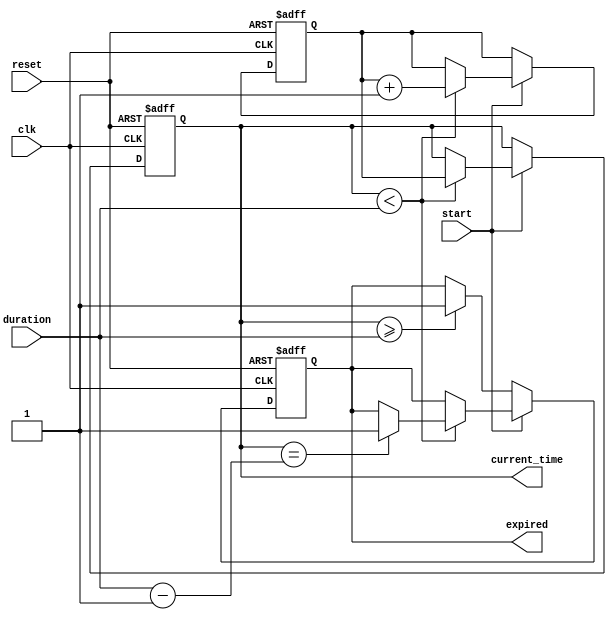
module TimerEventControl (
    input wire clk,               // Clock signal
    input wire start,             // Start signal
    input wire reset,             // Reset signal
    input wire [31:0] duration,   // Time duration in clock cycles
    output reg expired,           // Timer expired signal
    output reg [31:0] current_time // Current time value
);

    // Internal state
    reg [31:0] count; // Counter for the timer

    // Initialization
    initial begin
        current_time = 0;
        expired = 0;
        count = 0;
    end

    // Timer operation
    always @(posedge clk or posedge reset) begin
        if (reset) begin
            // Reset the timer
            current_time <= 0;
            expired <= 0;
            count <= 0;
        end else if (start) begin
            // Start the timer
            if (current_time < duration) begin
                count <= count + 1;
                current_time <= count;
                if (current_time == duration - 1) begin
                    expired <= 1; // Timer expired
                end
            end
        end else if (current_time >= duration) begin
            // If the timer has expired, keep expired high
            expired <= 1;
        end
    end

endmodule